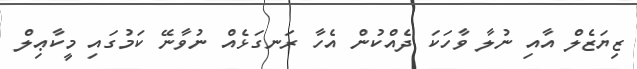
ޒިޔަޒެލް އާއި ނުލާ ވާހަކަ ދެއްކުން އެހާ ރަނގަޅެއް ނުވާނޭ ކަމުގައި މީކާޢިލް